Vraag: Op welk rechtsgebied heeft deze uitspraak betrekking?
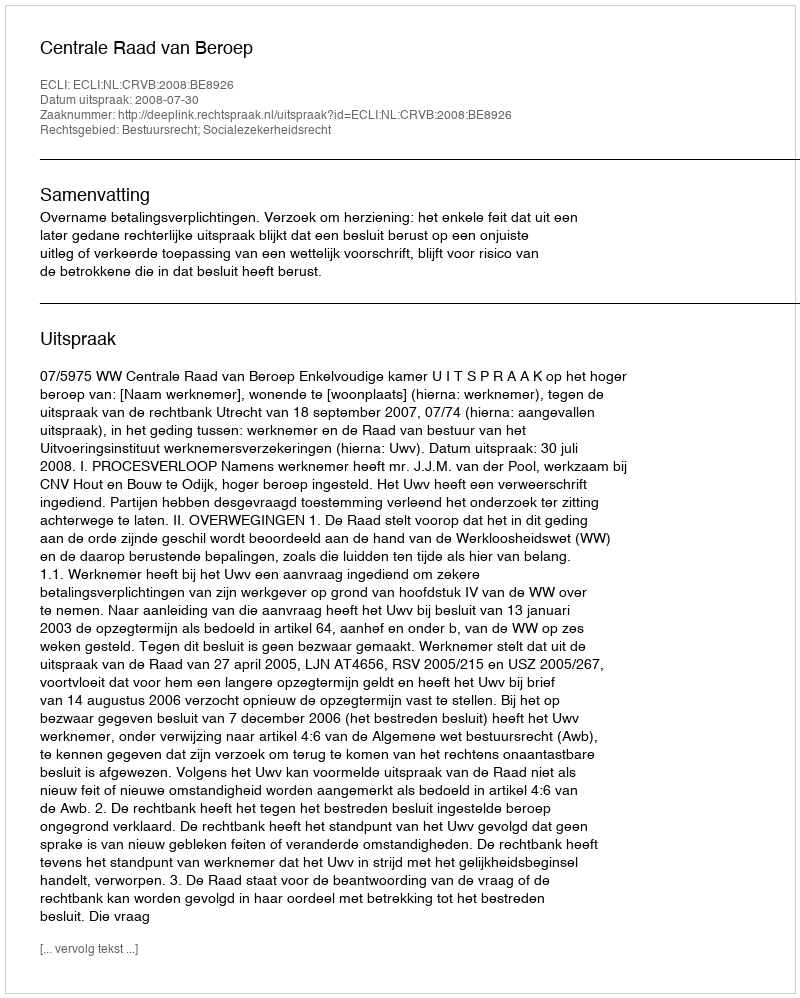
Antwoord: Bestuursrecht; Socialezekerheidsrecht